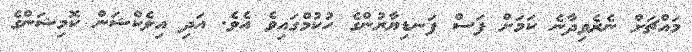
މައްޗަށް ނެރެވިދާނެ ކަމަށް ފަސް ފަނޑިޔާރުންގެ ހުކުމްގައިވެ އެވެ. އަދި އިލެކްޝަން ކޮމިޝަންގެ